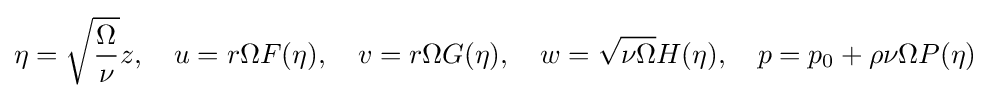
\eta ={\sqrt {\frac {\Omega }{\nu }}}z,\quad u=r\Omega F(\eta ),\quad v=r\Omega G(\eta ),\quad w={\sqrt {\nu \Omega }}H(\eta ),\quad p=p_{0}+\rho \nu \Omega P(\eta )